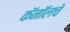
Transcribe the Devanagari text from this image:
कॅनॉलचे